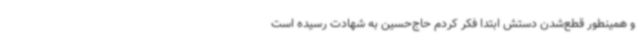
و همینطور قطع‌شدن دستش ابتدا فکر کردم حاج‌حسین به شهادت رسیده است